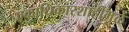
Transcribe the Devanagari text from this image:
एकाधिकारशाहीमुळे